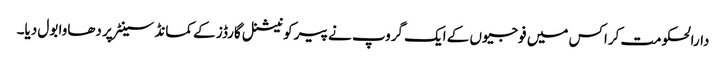
دارالحکومت کراکس میں فوجیوں کے ایک گروپ نے پیر کو نیشنل گارڈز کے کمانڈ سینٹر پر دھاوا بول دیا۔